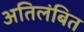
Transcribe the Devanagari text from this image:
अतिलंबित